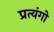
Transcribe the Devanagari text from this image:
प्रत्यंगो